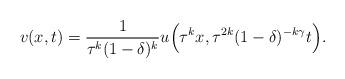
LaTeX: \begin{align*}v(x,t)=\frac{1}{\tau^k (1-\delta)^k}u\Big(\tau^k x,\tau^{2k}(1-\delta)^{-k\gamma} t\Big).\end{align*}